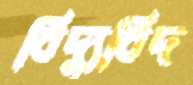
বিদ্যুবিদ